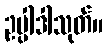
ဥပ္ပါဒါသုတ်။